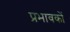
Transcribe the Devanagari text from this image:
प्रभावकों